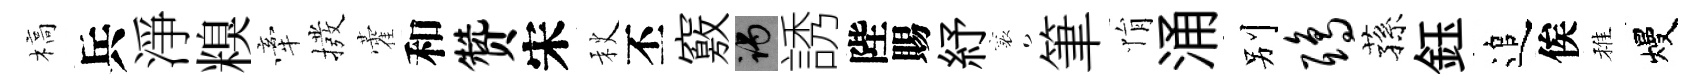
槁兵淨糗牽撥藿和赞宋秋丕竅谒誘陛賜紓襄筆悁涌别鸱蓀鈺追俟稚熳